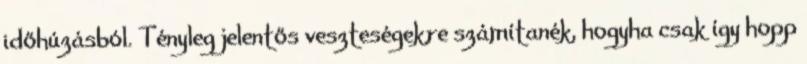
időhúzásból. Tényleg jelentős veszteségekre számítanék, hogyha csak így hopp